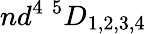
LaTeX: nd^{4}~{}^{5}D_{1,2,3,4}